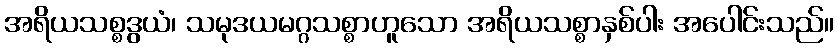
အရိယသစ္စဒွယံ၊ သမုဒယမဂ္ဂသစ္စာဟူသော အရိယသစ္စာနှစ်ပါး အပေါင်းသည်။